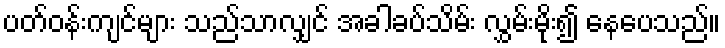
ပတ်ဝန်းကျင်များ သည်သာလျှင် အခါခပ်သိမ်း လွှမ်းမိုး၍ နေပေသည်။